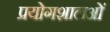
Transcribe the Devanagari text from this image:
प्रयोगशालओं